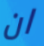
ان